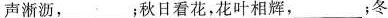
声淅沥，___；秋日看花，花叶相辉，___；冬